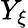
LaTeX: Y_{\xi}